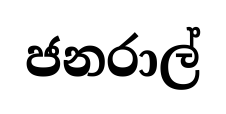
ජනරාල්